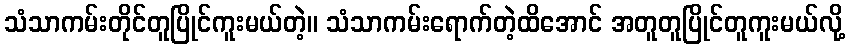
သံသာကမ်းတိုင်တူပြိုင်ကူးမယ်တဲ့။ သံသာကမ်းရောက်တဲ့ထိအောင် အတူတူပြိုင်တူကူးမယ်လို့